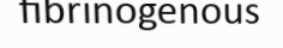
fibrinogenous